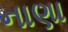
નાણા